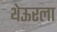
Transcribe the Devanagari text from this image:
थेऊरला